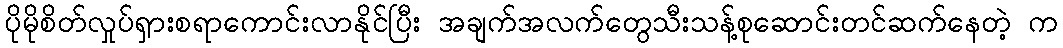
ပိုမိုစိတ်လှုပ်ရှားစရာကောင်းလာနိုင်ပြီး အချက်အလက်တွေသီးသန့်စုဆောင်းတင်ဆက်နေတဲ့ က